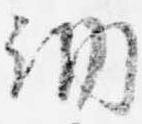
納